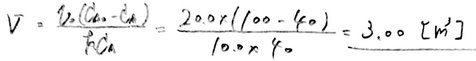
\[ V=\frac{U\left( {{I}_{0}}-{{I}_{x}} \right)}{{{R}_{A}}}=\frac{2.00\times \left( 100 - 40 \right)}{10.0\times 40}=3.00\left[ {{m}^{3}} \right] \]